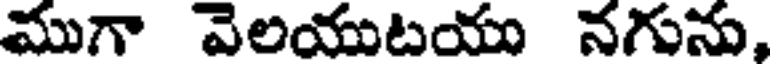
ముగా వెలయుటయు నగును,